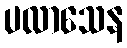
ပလာသေန